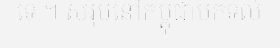
ទេ ។ សរុបនៅកម្ពុជាមកទល់